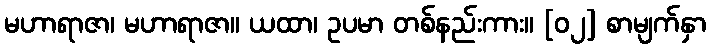
မဟာရာဇာ၊ မဟာရာဇာ။ ယထာ၊ ဥပမာ တစ်နည်းကား။ [၀၂] စာမျက်နှာ